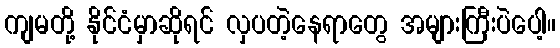
ကျမတို့ နိုင်ငံမှာဆိုရင် လှပတဲ့နေရာတွေ အများကြီးပဲပေါ့။